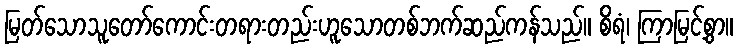
မြတ်သောသူတော်ကောင်းတရားတည်းဟူသောတစ်ဘက်ဆည်ကန်သည်။ စိရံ၊ ကြာမြင့်စွာ။